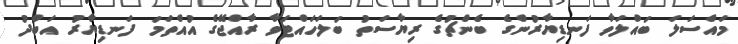
މައްސަލަ ބައްލަވާ ފަނޑިޔާރުންގެ ބެންޗުގެ ރިޔާސަތު ބަލަހައްޓަވާ ރާއްޖޭގެ އުއްތަމަ ފަނޑިޔާރު އަބްދު